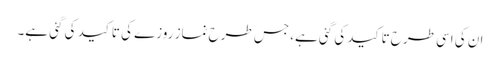
ان کی اسی طرح تاکید کی گئی ہے، جس طرح نماز روزے کی تاکید کی گئی ہے۔